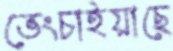
ভেংচাইয়াছে